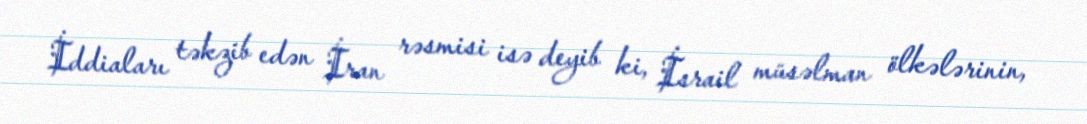
İddiaları təkzib edən İran rəsmisi isə deyib ki, İsrail müsəlman ölkələrinin,